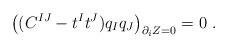
LaTeX: \begin{align*}\left ((C^{IJ} - t^I t^J)q_I q_J \right)_{\partial_i Z=0} =0 \ .\end{align*}